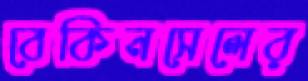
বেকিনসেলের